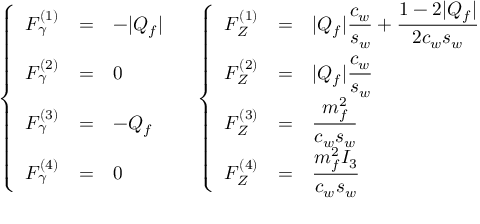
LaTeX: \left\{ \begin{array} { r c l } { { F _ { \gamma } ^ { ( 1 ) } } } & { { = } } & { { - | Q _ { f } | \vphantom { \displaystyle | Q _ { f } | { \frac { \strut c _ { w } } { s _ { w } } } } } } \\ { { F _ { \gamma } ^ { ( 2 ) } } } & { { = } } & { { 0 \vphantom { \displaystyle | Q _ { f } | { \frac { \strut c _ { w } } { s _ { w } } } } } } \\ { { F _ { \gamma } ^ { ( 3 ) } } } & { { = } } & { { - Q _ { f } \vphantom { \displaystyle \frac { \strut m _ { f } ^ { 2 } } { c _ { w } s _ { w } } } } } \\ { { F _ { \gamma } ^ { ( 4 ) } } } & { { = } } & { { 0 \vphantom { \displaystyle \frac { \strut m _ { f } ^ { 2 } I _ { 3 } } { c _ { w } s _ { w } } } } } \end{array} \right. \quad \left\{ \begin{array} { r c l } { { F _ { Z } ^ { ( 1 ) } } } & { { = } } & { { \displaystyle | Q _ { f } | { \frac { \strut c _ { w } } { s _ { w } } } + \frac { 1 - 2 | Q _ { f } | } { 2 c _ { w } s _ { w } } } } \\ { { F _ { Z } ^ { ( 2 ) } } } & { { = } } & { { \displaystyle | Q _ { f } | { \frac { \strut c _ { w } } { s _ { w } } } } } \\ { { F _ { Z } ^ { ( 3 ) } } } & { { = } } & { { \displaystyle \frac { \strut m _ { f } ^ { 2 } } { c _ { w } s _ { w } } } } \\ { { F _ { Z } ^ { ( 4 ) } } } & { { = } } & { { \displaystyle \frac { \strut m _ { f } ^ { 2 } I _ { 3 } } { c _ { w } s _ { w } } } } \end{array} \right.